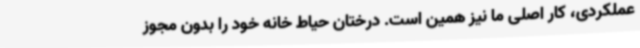
عملکردی، کار اصلی ما نیز همین است. درختان حیاط خانه خود را بدون مجوز